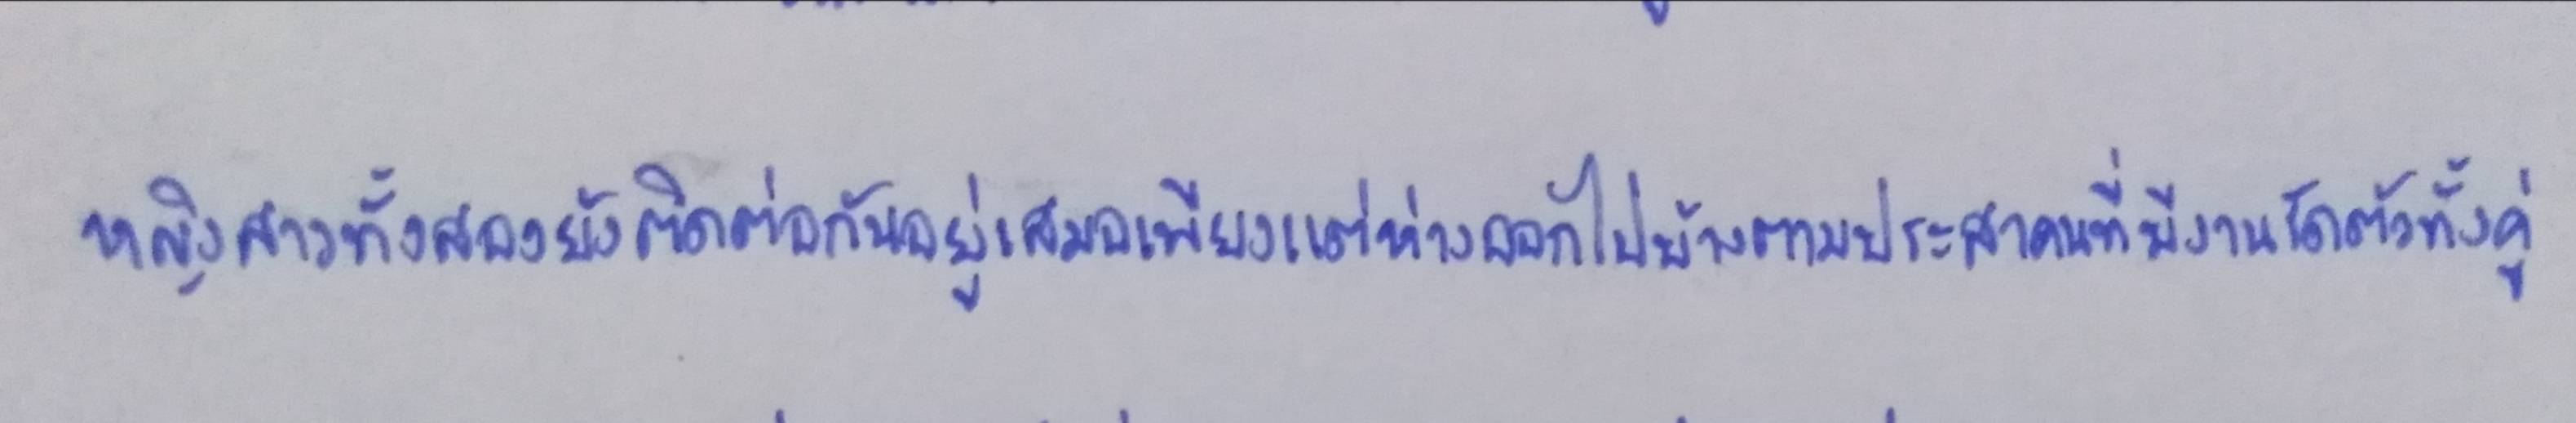
หญิงสาวทั้งสองยังติดต่อกันอยู่เสมอเพียงแต่ห่างออกไปบ้างตามประสาคนที่มีงานรัดตัวทั้งคู่